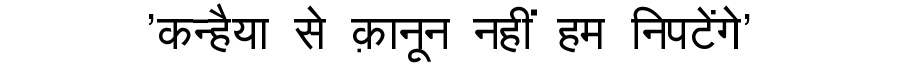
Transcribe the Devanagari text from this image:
'कन्हैया से क़ानून नहीं हम निपटेंगे'